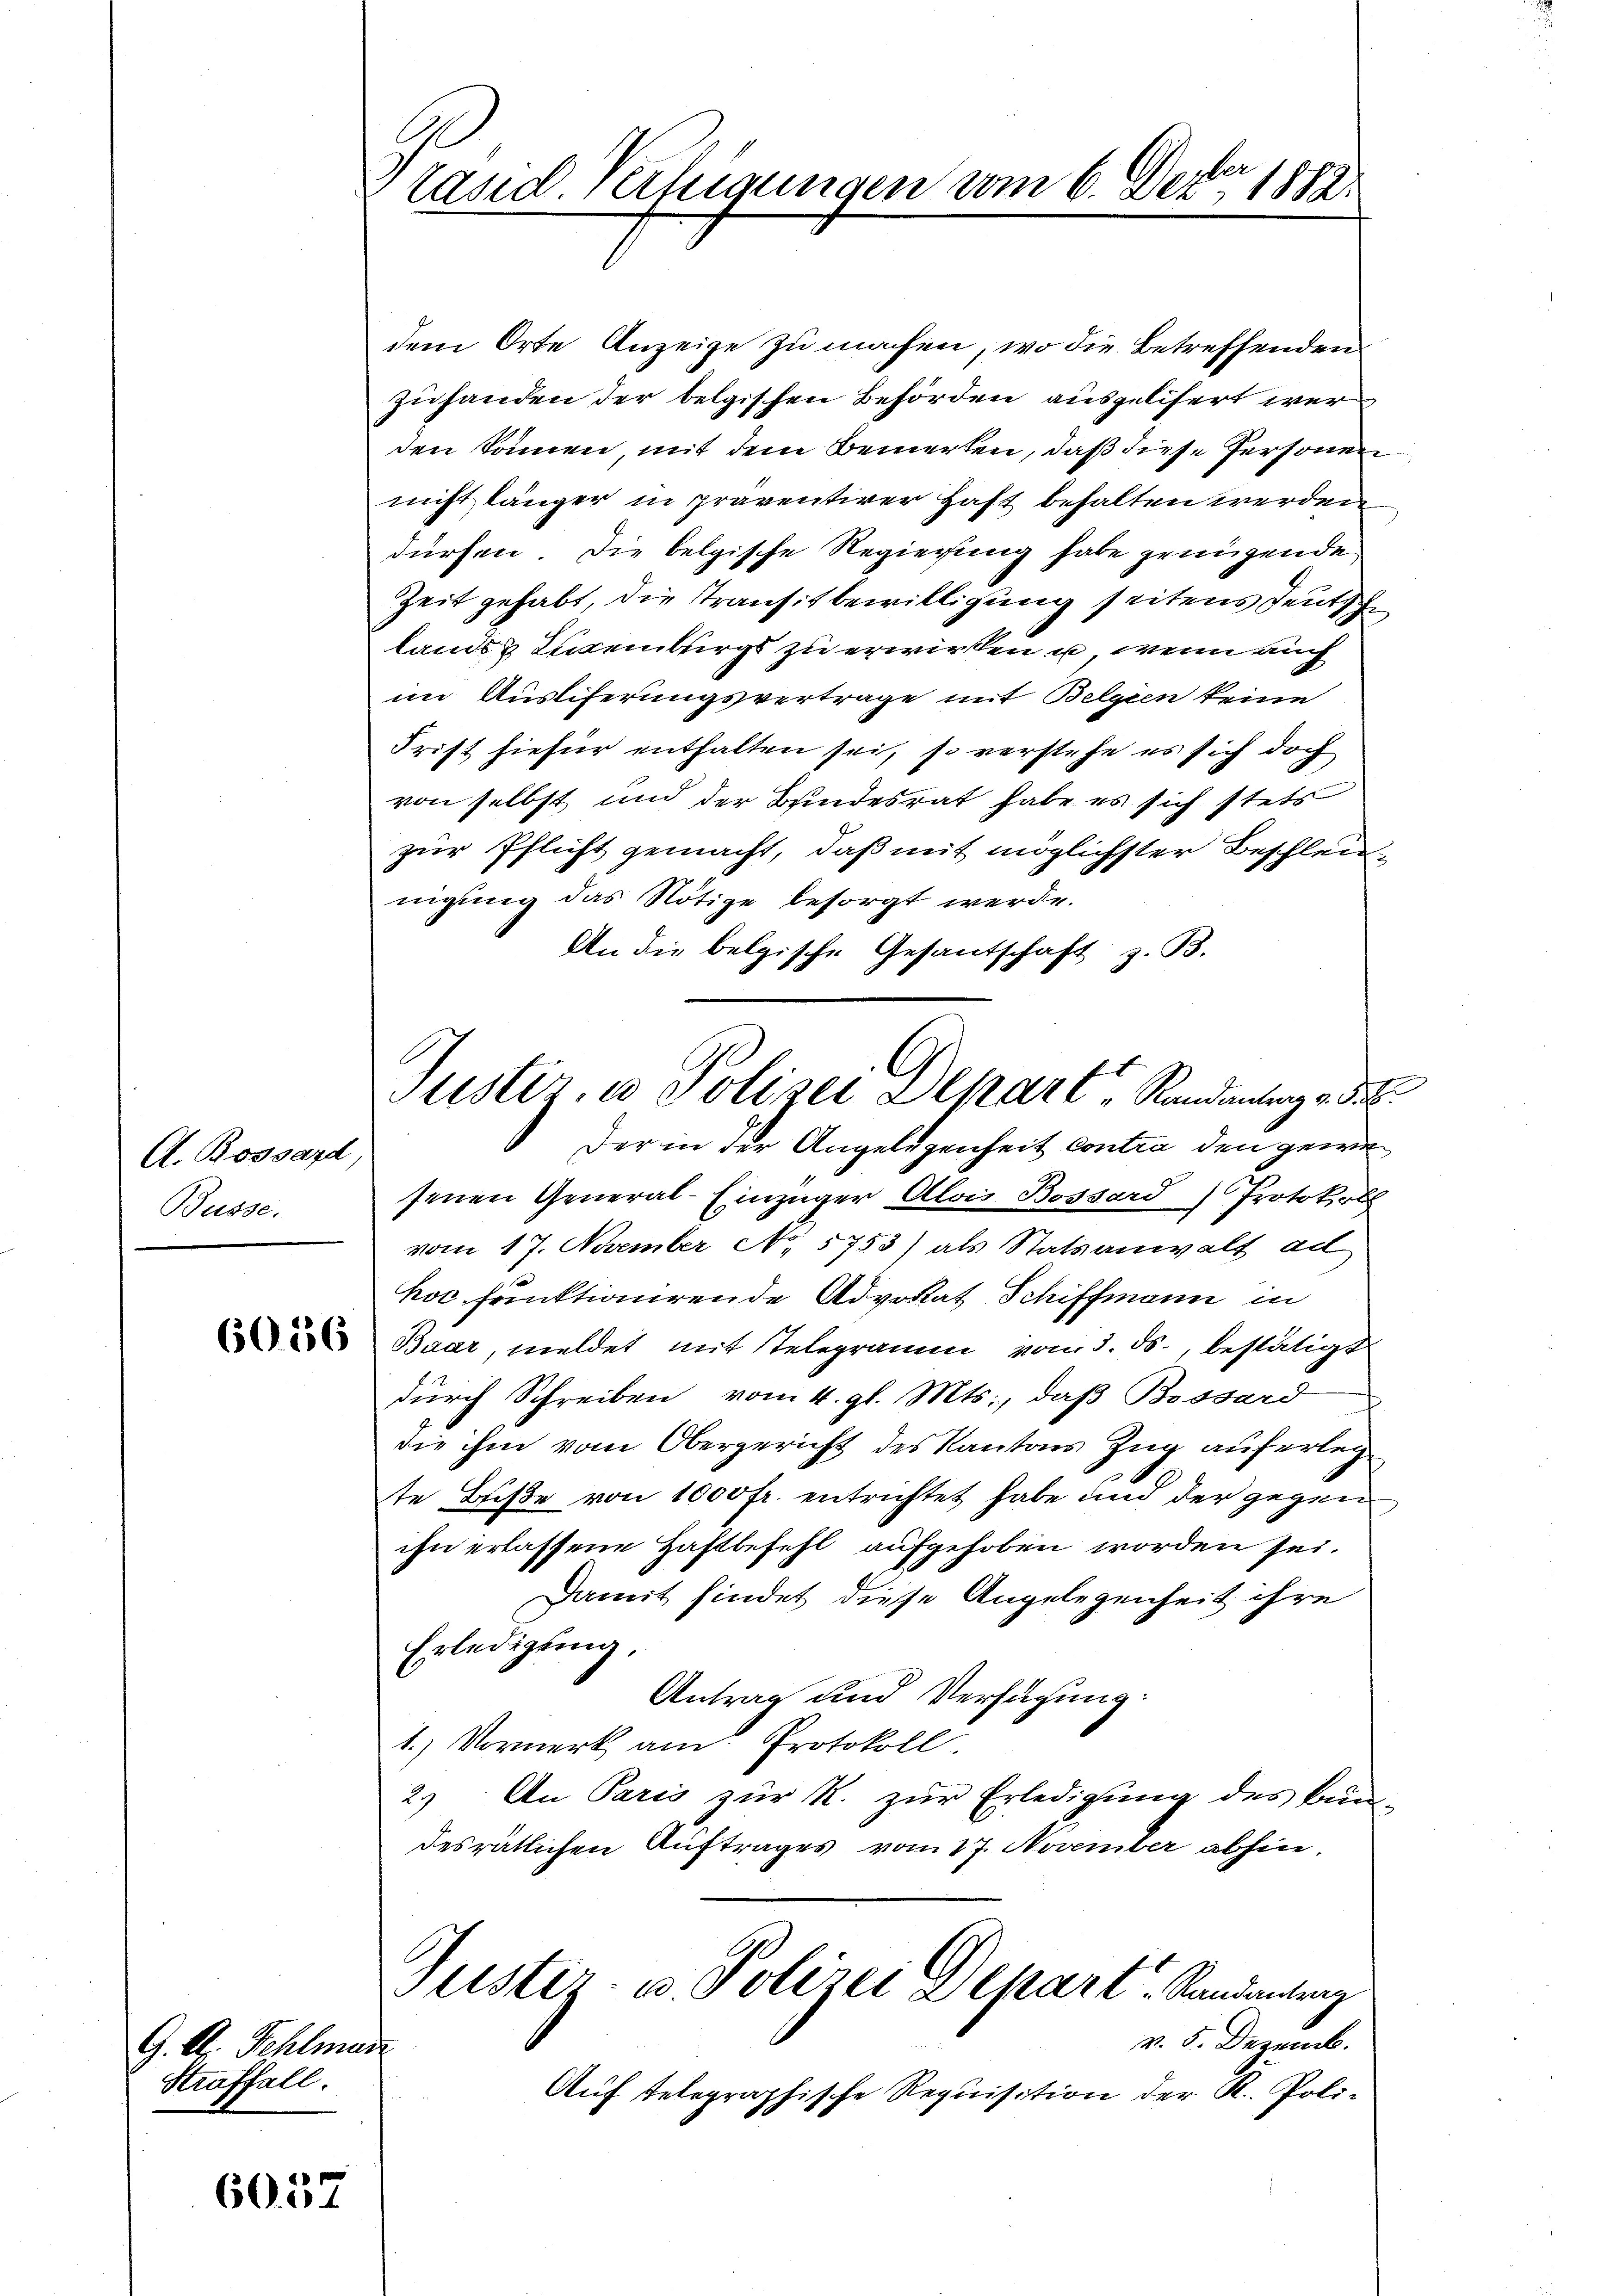
A. Bossard,
Büsse.

6056

G. Dr. Fehlman
Straffall.

6057

räsid. Verfügungen vom 6. Deter 1882

dem Orte Anzeige zu machen, wo die Betreffenden
zuhanden der belgischen Behörden ausgelisert wer
den können mit dem Bemerken, daß diese Personen
nicht länger in präventirer Haft behalten werden
dürfen, die belgische Regierung habe genügende
Zeit gehabt, die Transitbewilligung seitens deutsche
lands & Treiburgs zu erwirken u. wenn auch
im Ausliferungsvertrage mit Belgien keine
Frist hiefür enthalten sei, so verstehe es sich doch
von selbst und der Bundesrat habe es sich stets
zur Pflicht gemacht, daß mit möglichster Beschleunigung das Nötige besorgt werde.
An die belgische Gesantschaft z. B.
Der in der Angelegenheit contra den gewi
senen General-Einzüger Alois Bossard) Protokoll
vom 17. November No. 5753) als Statsanwalt ad
hoc funktionirende Advokat Schiffmann in
Baar, meldet mit stelegramm vom 3. ds., bestätigt
durch Schreiben vom 4. gl. Mts., daß Bossard
die ihm vom Obergericht des Kantons Zug auferlegte Beise von 1000 fr. entrichtet habe und der gegen
ihn erlassene Haftbefehl aufgehoben worden sei.
Damit findet diese Angelegenheit ihre
Erledigung,
Antrag und Verfügung:
1.) Vormerk am Protokoll.
2) An Paris zŭr R. zŭr Erledigung des Bun-
desrätlichen Auftrages vom 17. November abhin.
Justiz- u Polizei Depart Randantrag
v. 5. Dezemb.
Auf telegraphische Requisition der K. Poli-

Justiz, u. Polizei Depart, Randantrag d. 8.